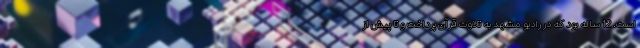
است. 12 ساله بود که در رادیو مشهد به تلاوت قرآن پرداخت و تا پیش از